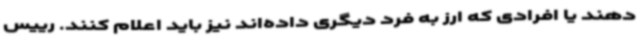
دهند یا افرادی که ارز به فرد دیگری داده‌اند نیز باید اعلام کنند. رییس